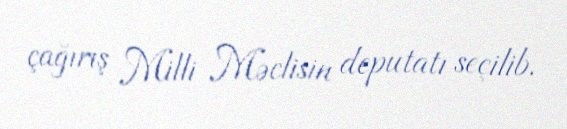
çağırış Milli Məclisin deputatı seçilib.